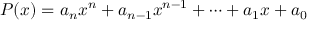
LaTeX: P ( x ) = a _ { n } x ^ { n } + a _ { n - 1 } x ^ { n - 1 } + \cdots + a _ { 1 } x + a _ { 0 }